Civil Veterinary Dept. Bombay admin report 1914-1922 - 1914-1922
Year: 1914
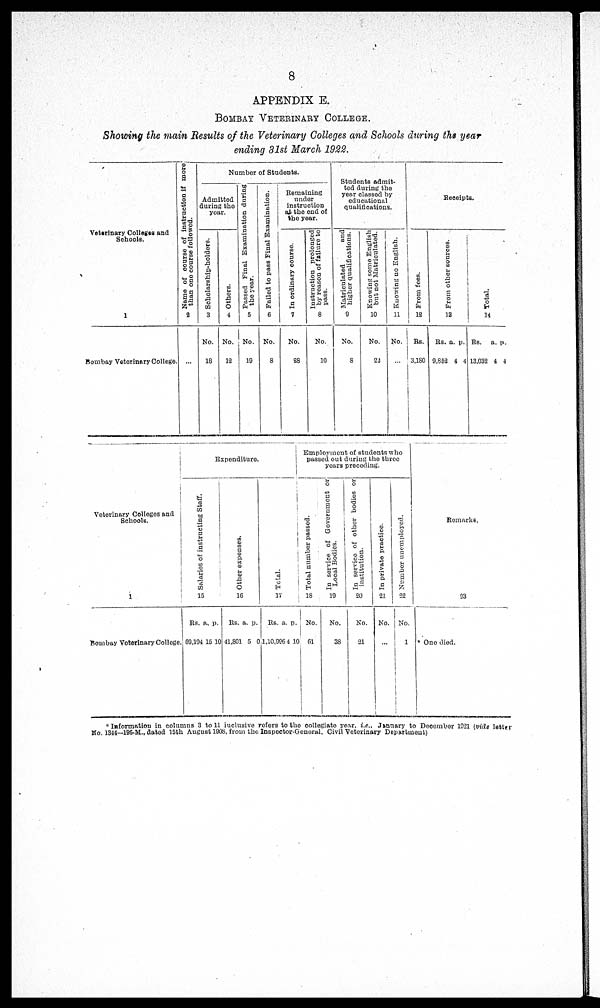
8
APPENDIX E.
BOMBAY VETERINARY COLLEGE.
Showing the main Results of the Veterinary Colleges and Schools during the year
ending 31st March 1922.
Veterinary Collagen and
Schools.
1
Bombay Veterinary College.
Name of course of instruction if more
than one course followed.
2
...
Number of Students.
Admitted
during the
year.
Soholarship-holders.
3
No.
18
Others.
4
No.
12
Passed Final Examination during
the year.
5
No.
19
Failed to pass Final Examination.
6
No.
8
Remaining
under
instruction
at the end of
the year.
In ordinary course.
7
No.
28
Instruction prolonged
by reason of failure to
pass.
8
No.
10
Students admit-
ted during the
year classed by
educational
qualifications.
Matriculated
and
higher qualifications.
9
No.
8
Knowing some English
but not Matriculated.
10
No.
22
Knowing no English.
11
No.
...
Receipts.
From foes.
12
Rs.
3,180
From other sources.
13
Rs.
9,652
a.
4
p.
4
Total.
14
Rs.
13,032
a.
4
p.
1
Veterinary Colleges and
Schools.
1
Bombay Veterinary College.
Expenditure.
Salaries of instructing Staff.
15
Rs.
69,194
a.
15
p.
10
Other expenses.
16
Rs.
41,801
a.
5
p.
0
Total.
17
Rs.
1,10,996
a.
4
p.
10
Employment of students who
passed out during the three
years preceding.
Total number passed.
18
No.
61
In service of Government or
Local Bodies.
19
No.
38
In service of other bodies or
institution.
20
No.
21
In private practice.
21
No.
...
Number unemployed.
22
No.
1
Remarks.
23
* One died.
* Information in columns 3 to 11 iuclusive refers to the collegiate year, i.e., January to December 1921 (vide letter
No. 1344—196-M., dated 15th August 1908, from the Inspector-General, Civil Veterinary Department)